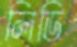
লিডি